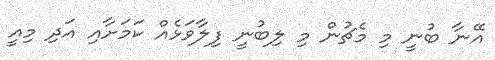
އޭނާ ބުނީ މި މެޗުން މި ލިބުނީ ފިލާވަޅެއް ކަމަށާއި އަދި މިއީ